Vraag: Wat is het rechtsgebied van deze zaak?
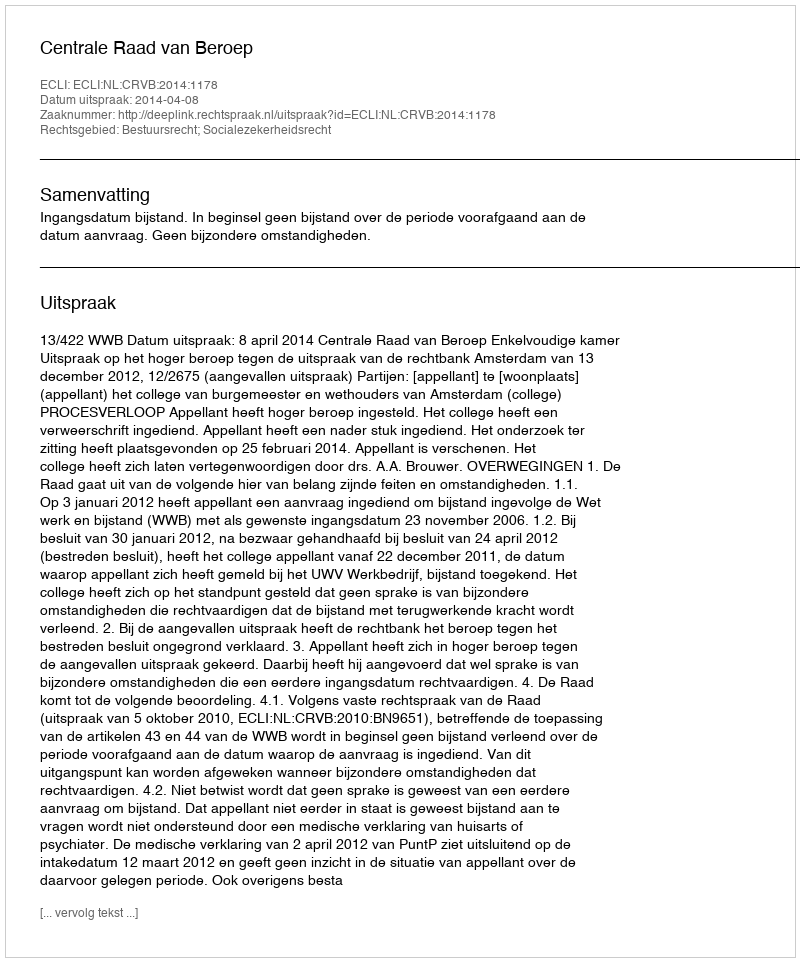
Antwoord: Bestuursrecht; Socialezekerheidsrecht